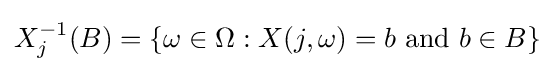
X_{j}^{-1}(B)=\{\omega \in \Omega :X(j,\omega )=b{\text{ and }}b\in B\}